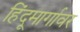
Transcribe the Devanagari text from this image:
हिंदूमार्गावर